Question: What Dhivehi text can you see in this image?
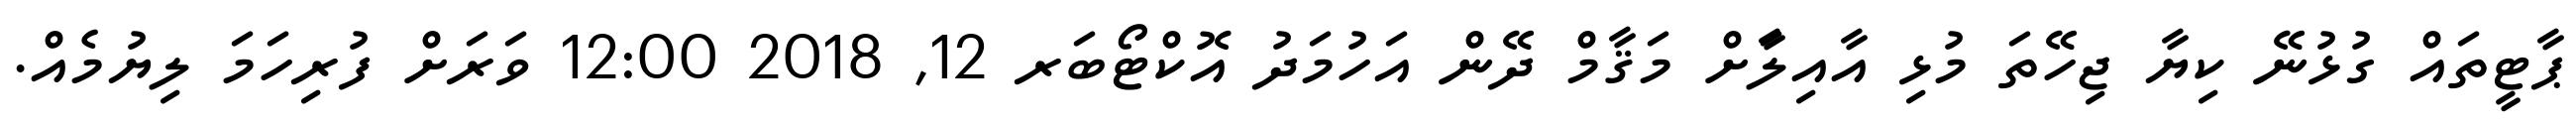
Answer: ޕާޓީތައް ގުޅުނޭ ކިޔާ ޖިހޭތަ މުޅި އާއިލާަށް މަޤާމް ދޭން އަހުމަދު އޮކްޓޯބަރ 12, 2018 12:00 ވަރަށް ފުރިހަމަ ލިޔުމެއް.